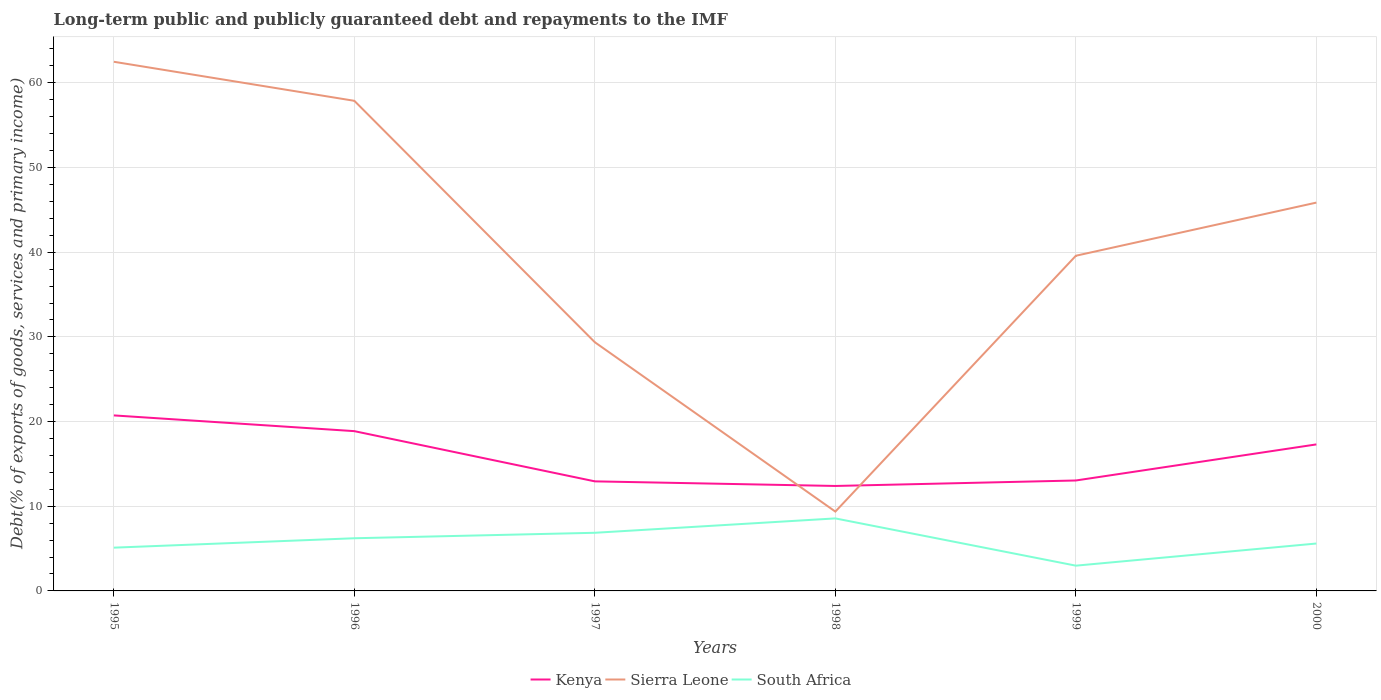
| Years | Kenya | Sierra Leone | South Africa |
 | --- | --- | --- | --- |
 | 1995 | 20.7 | 62.5 | 5.11 |
 | 1996 | 18.9 | 57.9 | 6.22 |
 | 1997 | 12.9 | 29.4 | 6.87 |
 | 1998 | 12.4 | 9.37 | 8.56 |
 | 1999 | 13 | 39.6 | 2.98 |
 | 2000 | 17.3 | 45.9 | 5.6 |